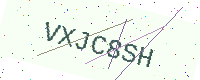
Text: VXJC8SH